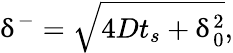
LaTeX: \updelta^{-}=\sqrt{4Dt_{s}+\updelta_{0}^{2}},